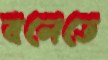
বলেতে